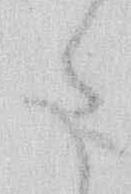
た